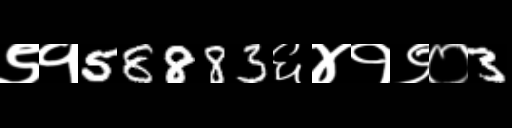
Text: ९१58883६४१९०3